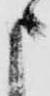
申